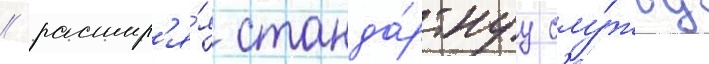
/ расшир'я́я станда́ртнуу слу́жбу